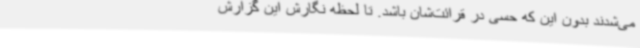
می‌شدند بدون این که حسی در قرائت‌شان باشد. تا لحظه نگارش این گزارش